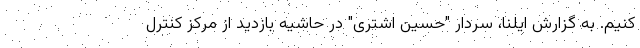
کنیم. به گزارش ایلنا، سردار "حسین اشتری" در حاشیه بازدید از مرکز کنترل